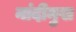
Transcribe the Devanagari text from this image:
नांदीमुख